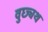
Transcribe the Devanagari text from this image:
वुछ्यथ